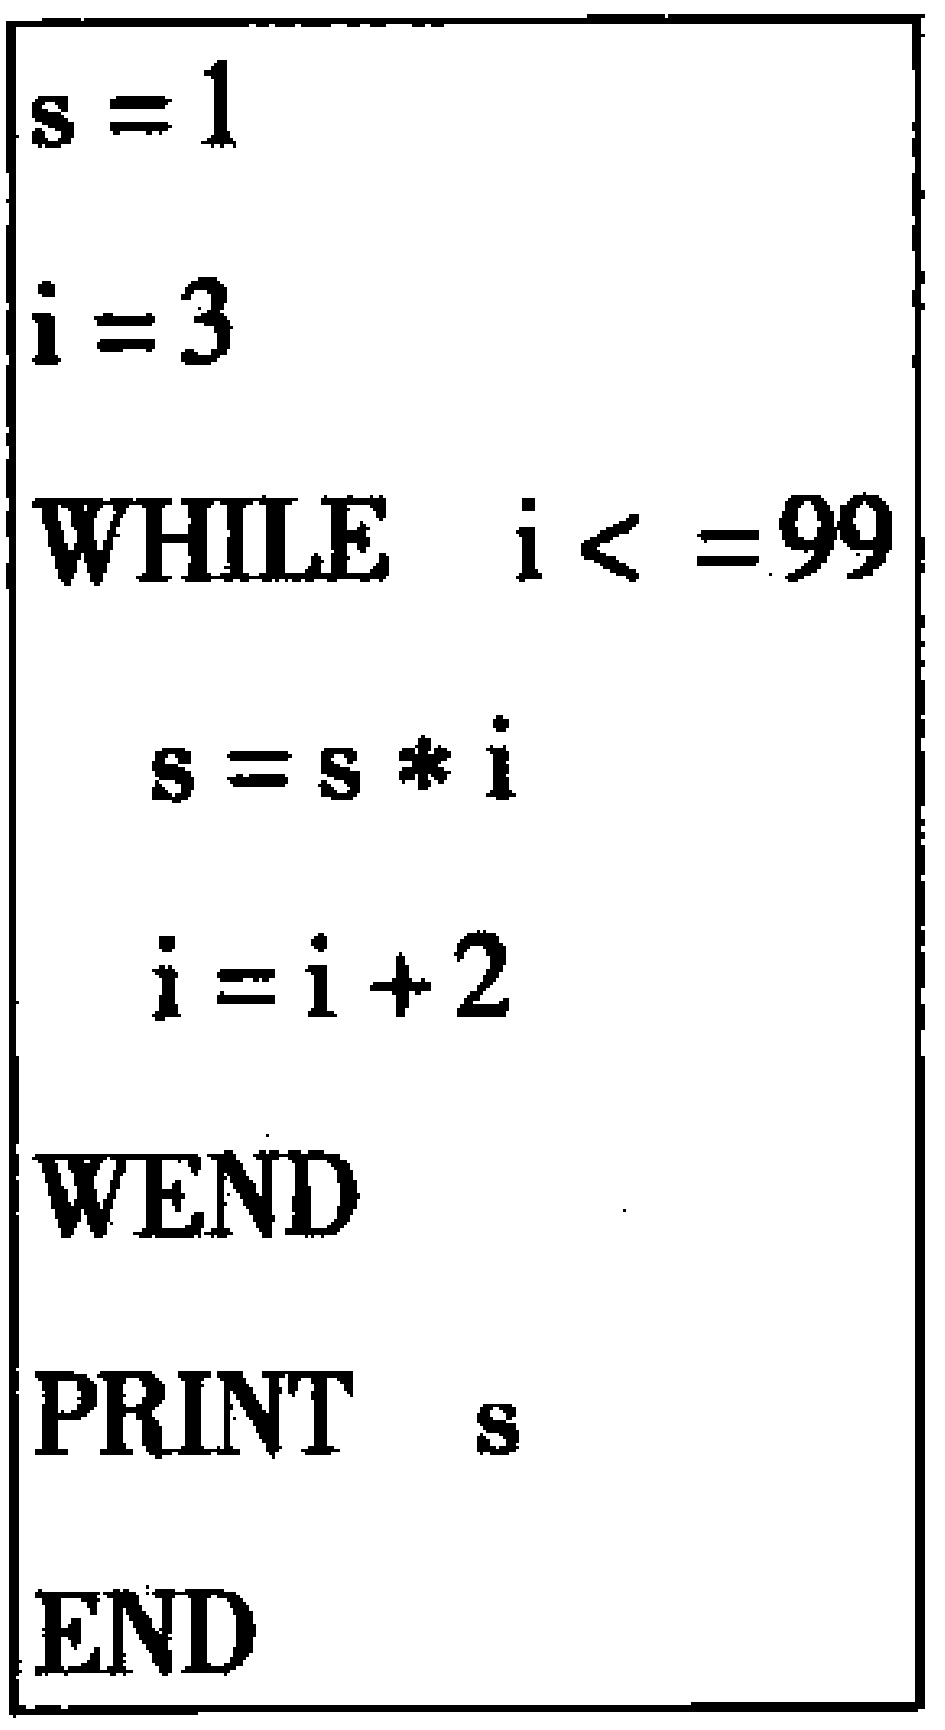
```

\begin{verbatim}

s = 1

i = 3

WHILE  i <=99

    s = s * i

    i = i + 2

WEND

PRINT  s

END

\end{verbatim}

```